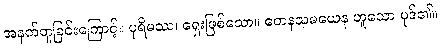
အနက်တူခြင်းကြောင့်။ ပုရိမဿ၊ ရှေးဖြစ်သော။ တေနသမယေန ဟူသော ပုဒ်၏။